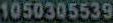
1050305539